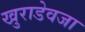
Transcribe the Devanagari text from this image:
खुराडेवजा